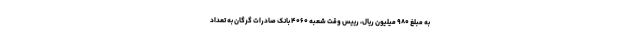
به مبلغ ۹۸۰ میلیون ریال، رییس وقت شعبه ۴۰۶۰ بانک صادرات گرگان به تعداد